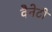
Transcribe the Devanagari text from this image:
वैनेटी